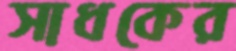
সাধকের